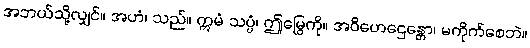
အဘယ်သို့လျှင်။ အဟံ၊ သည်။ ဣမံ သပ္ပံ၊ ဤမြွေကို။ အဝိဟေဌေန္တော၊ မကိုက်စေဘဲ။